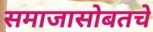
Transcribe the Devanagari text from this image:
समाजासोबतचे